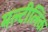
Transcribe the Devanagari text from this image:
मल्टीलिंक